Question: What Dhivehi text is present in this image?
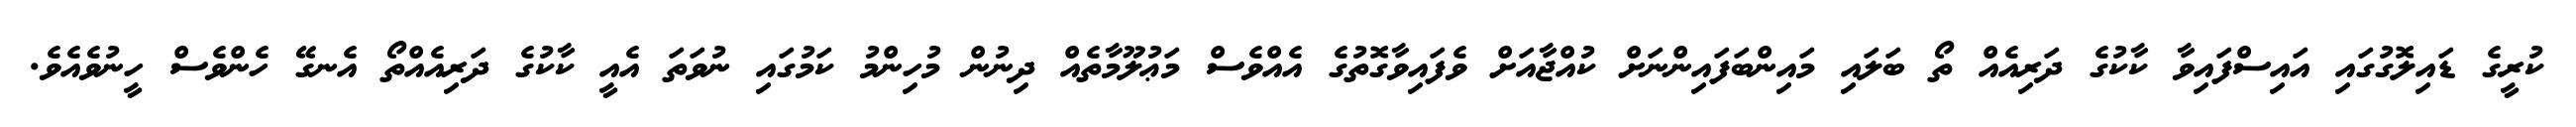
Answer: ކުރީގެ ޑައިލޮގުގައި އައިސްފައިވާ ކާކުގެ ދަރިއެއް ތޯ ބަލައި މައިންބަފައިންނަށް ކުއްޖާއަށް ވެފައިވާގޮތުގެ އެއްވެސް މަޢުލޫމާތެއް ދިނުން މުހިންމު ކަމުގައި ނުވަތަ އެއީ ކާކުގެ ދަރިއެއްތޯ އެނގޭ ހެންވެސް ހީނުވެއެވެ.